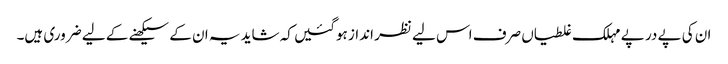
ان کی پے در پے مہلک غلطیاں صرف اس لیے نظر انداز ہوگئیں کہ شاید یہ ان کے سیکھنے کے لیے ضروری ہیں۔